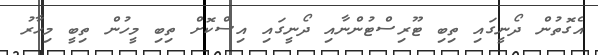
އެގޮތުން ދޯނީގައި ތިބި ޓޫރިސްޓުންނާއި ދޯނީގައި އިސްކޮށް ތިބި މީހުން ތިބީ މިހާރު